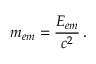
m _ { e m } = { \frac { E _ { e m } } { c ^ { 2 } } } \, .